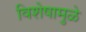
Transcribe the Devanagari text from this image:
विशेषामुळे